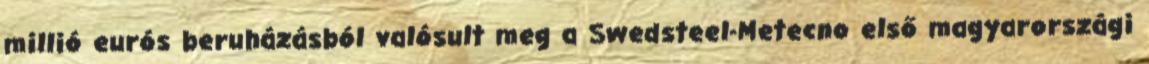
millió eurós beruházásból valósult meg a Swedsteel-Metecno első magyarországi